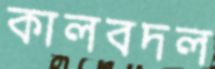
কালবদল